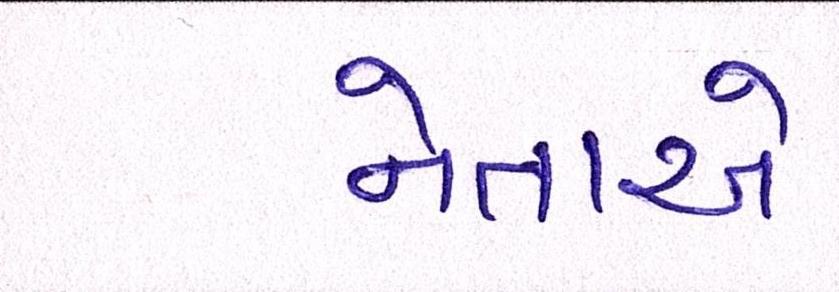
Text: નેતાએ